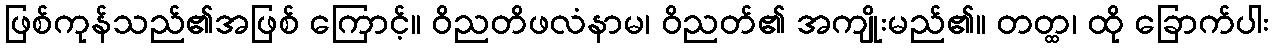
ဖြစ်ကုန်သည်၏အဖြစ် ကြောင့်။ ဝိညတိဖလံနာမ၊ ဝိညတ်၏ အကျိုးမည်၏။ တတ္ထ၊ ထို ခြောက်ပါး